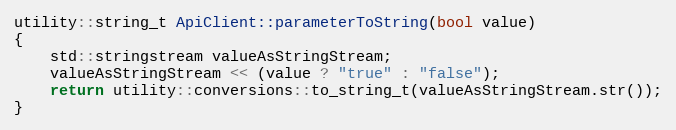
Language: C++
utility::string_t ApiClient::parameterToString(bool value)
{
    std::stringstream valueAsStringStream;
    valueAsStringStream << (value ? "true" : "false");
    return utility::conversions::to_string_t(valueAsStringStream.str());
}